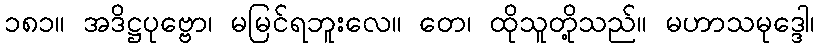
၁၈၁။ အဒိဋ္ဌပုဗ္ဗော၊ မမြင်ရဘူးလေ။ တေ၊ ထိုသူတို့သည်။ မဟာသမုဒ္ဒေါ၊